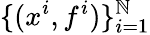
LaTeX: \{ (x^{i},f^{i})\} _{i=1}^{\mathbb{N}}